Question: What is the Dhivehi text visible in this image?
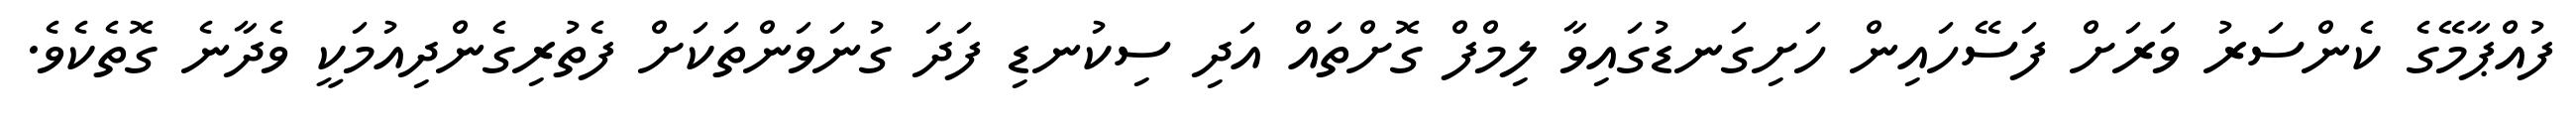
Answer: ފުއްޕާމޭގެ ކެންސަރު ވަރަށް ފަސޭހައިން ހަށިގަނޑުގައިވާ ލިމްފް ގޮށްތައް އަދި ސިކުނޑި ފަދަ ގުނަވަންތަކަށް ފެތުރިގެންދިއުމަކީ ވެދާނެ ގޮތެކެވެ.